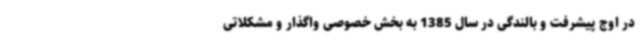
در اوج پیشرفت و بالندگی در سال 1385 به بخش خصوصی واگذار و مشکلاتی